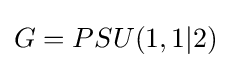
G=PSU(1,1|2)